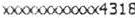
XXXXXXXXXXXX4318